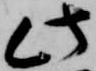
此